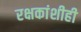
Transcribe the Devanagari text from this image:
रक्षकांशीही